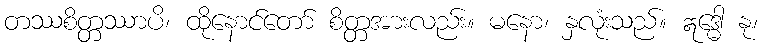
တဿစိတ္တဿာပိ၊ ထိုနောင်တော် စိတ္တအားလည်း။ မနော၊ နှလုံးသည်။ ဣဒ္ဓေါ နု၊